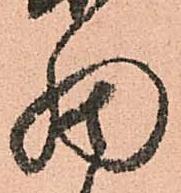
細